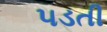
૫ડતી